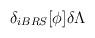
LaTeX: \begin{align*}\delta _{iBRS}[\phi ]\delta \Lambda \protect\end{align*}